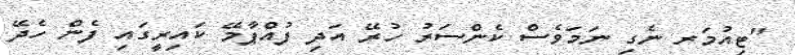
"ޓިއުމަރ ނެގި ނަމަވެސް ކެންސަރު ހުރޭ އަދި ފުއްޕާމޭ ކައިރީގައި ފެން ހެދޭ